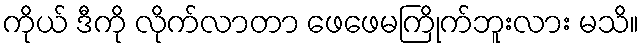
ကိုယ် ဒီကို လိုက်လာတာ ဖေဖေမကြိုက်ဘူးလား မသိ။